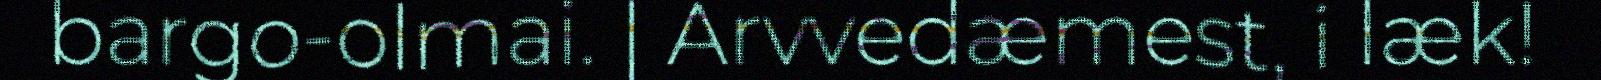
bargo-olmai. | Arvvedæmest, i læk!